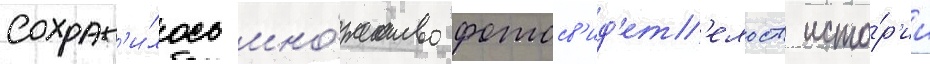
Сохран'и́лось мно́жество фотосв'ид'ет'ельств исто́р'ии